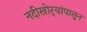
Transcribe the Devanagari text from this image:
नदीखोर्‍यांपासून